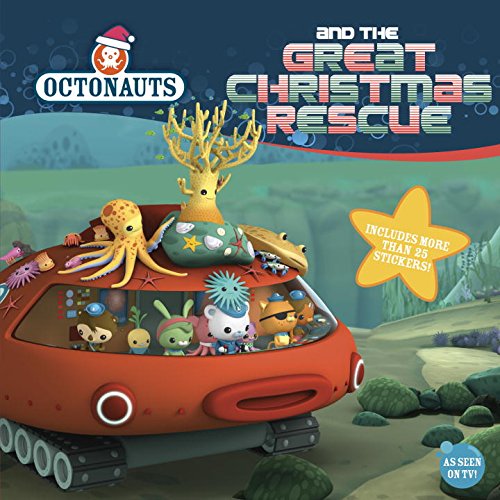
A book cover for Octonauts and the Great Christmas Rescue; Grosset & Dunlap; Children's Books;